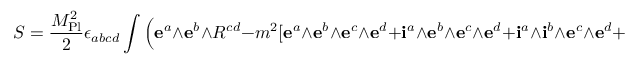
S = { \frac { M _ { \mathrm { P l } } ^ { 2 } } { 2 } } \epsilon _ { a b c d } \int { \Big ( } \mathbf { e } ^ { a } \land \mathbf { e } ^ { b } \land R ^ { c d } - m ^ { 2 } [ \mathbf { e } ^ { a } \land \mathbf { e } ^ { b } \land \mathbf { e } ^ { c } \land \mathbf { e } ^ { d } + \mathbf { i } ^ { a } \land \mathbf { e } ^ { b } \land \mathbf { e } ^ { c } \land \mathbf { e } ^ { d } + \mathbf { i } ^ { a } \land \mathbf { i } ^ { b } \land \mathbf { e } ^ { c } \land \mathbf { e } ^ { d } + \mathbf { i } ^ { a } \land \mathbf { i } ^ { b } \land \mathbf { i } ^ { c } \land \mathbf { e } ^ { d } ] { \Big ) }